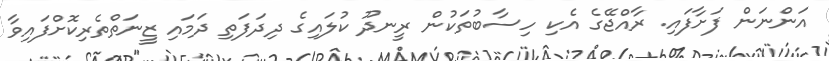
އަންނަން ފަށާފައި. ރާއްޖޭގެ އެކި ހިސާބުތަކުން ރީނދޫ ކުލައިގެ ދިދަފަތި ދަމައި ޒީނަތްތެރިކޮށްފައިވާ